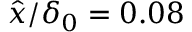
\hat { x } / \delta _ { 0 } = 0 . 0 8